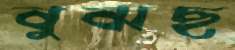
বুঝছ